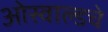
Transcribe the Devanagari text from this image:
ओस्वाल्डचे